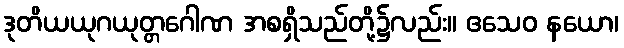
ဒုတိယယုဂယုတ္တဂေါဏ အစရှိသည်တို့၌လည်း။ ဧသေဝ နယော၊